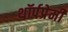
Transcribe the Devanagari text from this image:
थॉर्पप्रेमी